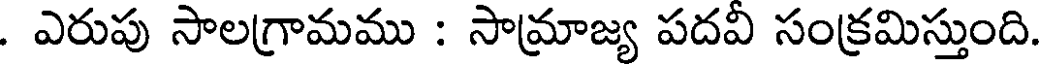
. ఎరుపు సాలగ్రామము : సామ్రాజ్య పదవి సంక్రమిస్తుంది.